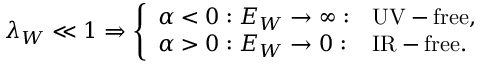
\lambda _ { W } \ll 1 \Rightarrow \left\{ \begin{array} { l l l } { { \alpha < 0 : E _ { W } \rightarrow \infty : } } & { { \mathrm { U V - f r e e , } } } \\ { { \alpha > 0 : E _ { W } \rightarrow 0 : } } & { { \mathrm { I R - f r e e . } } } \end{array} \right.